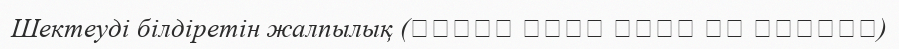
Шектеуді білдіретін жалпылық (العام الذي يراد به الخصوص)